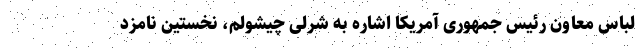
لباس معاون رئیس جمهوری آمریکا اشاره به شرلی چیشولم، نخستین نامزد